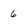
Character: 6